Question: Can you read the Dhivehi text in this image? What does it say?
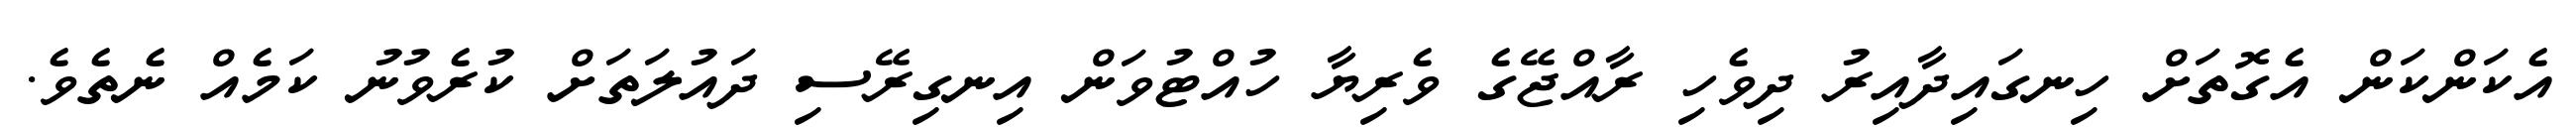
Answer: އެކަންކަން އެގޮތަށް ހިނގައިދާއިރު ދިވެހި ރާއްޖޭގެ ވެރިޔާ ހުއްޓުވަން އިނގިރޭސި ދައުލަތަށް ކުރެވުނު ކަމެއް ނެތެވެ.